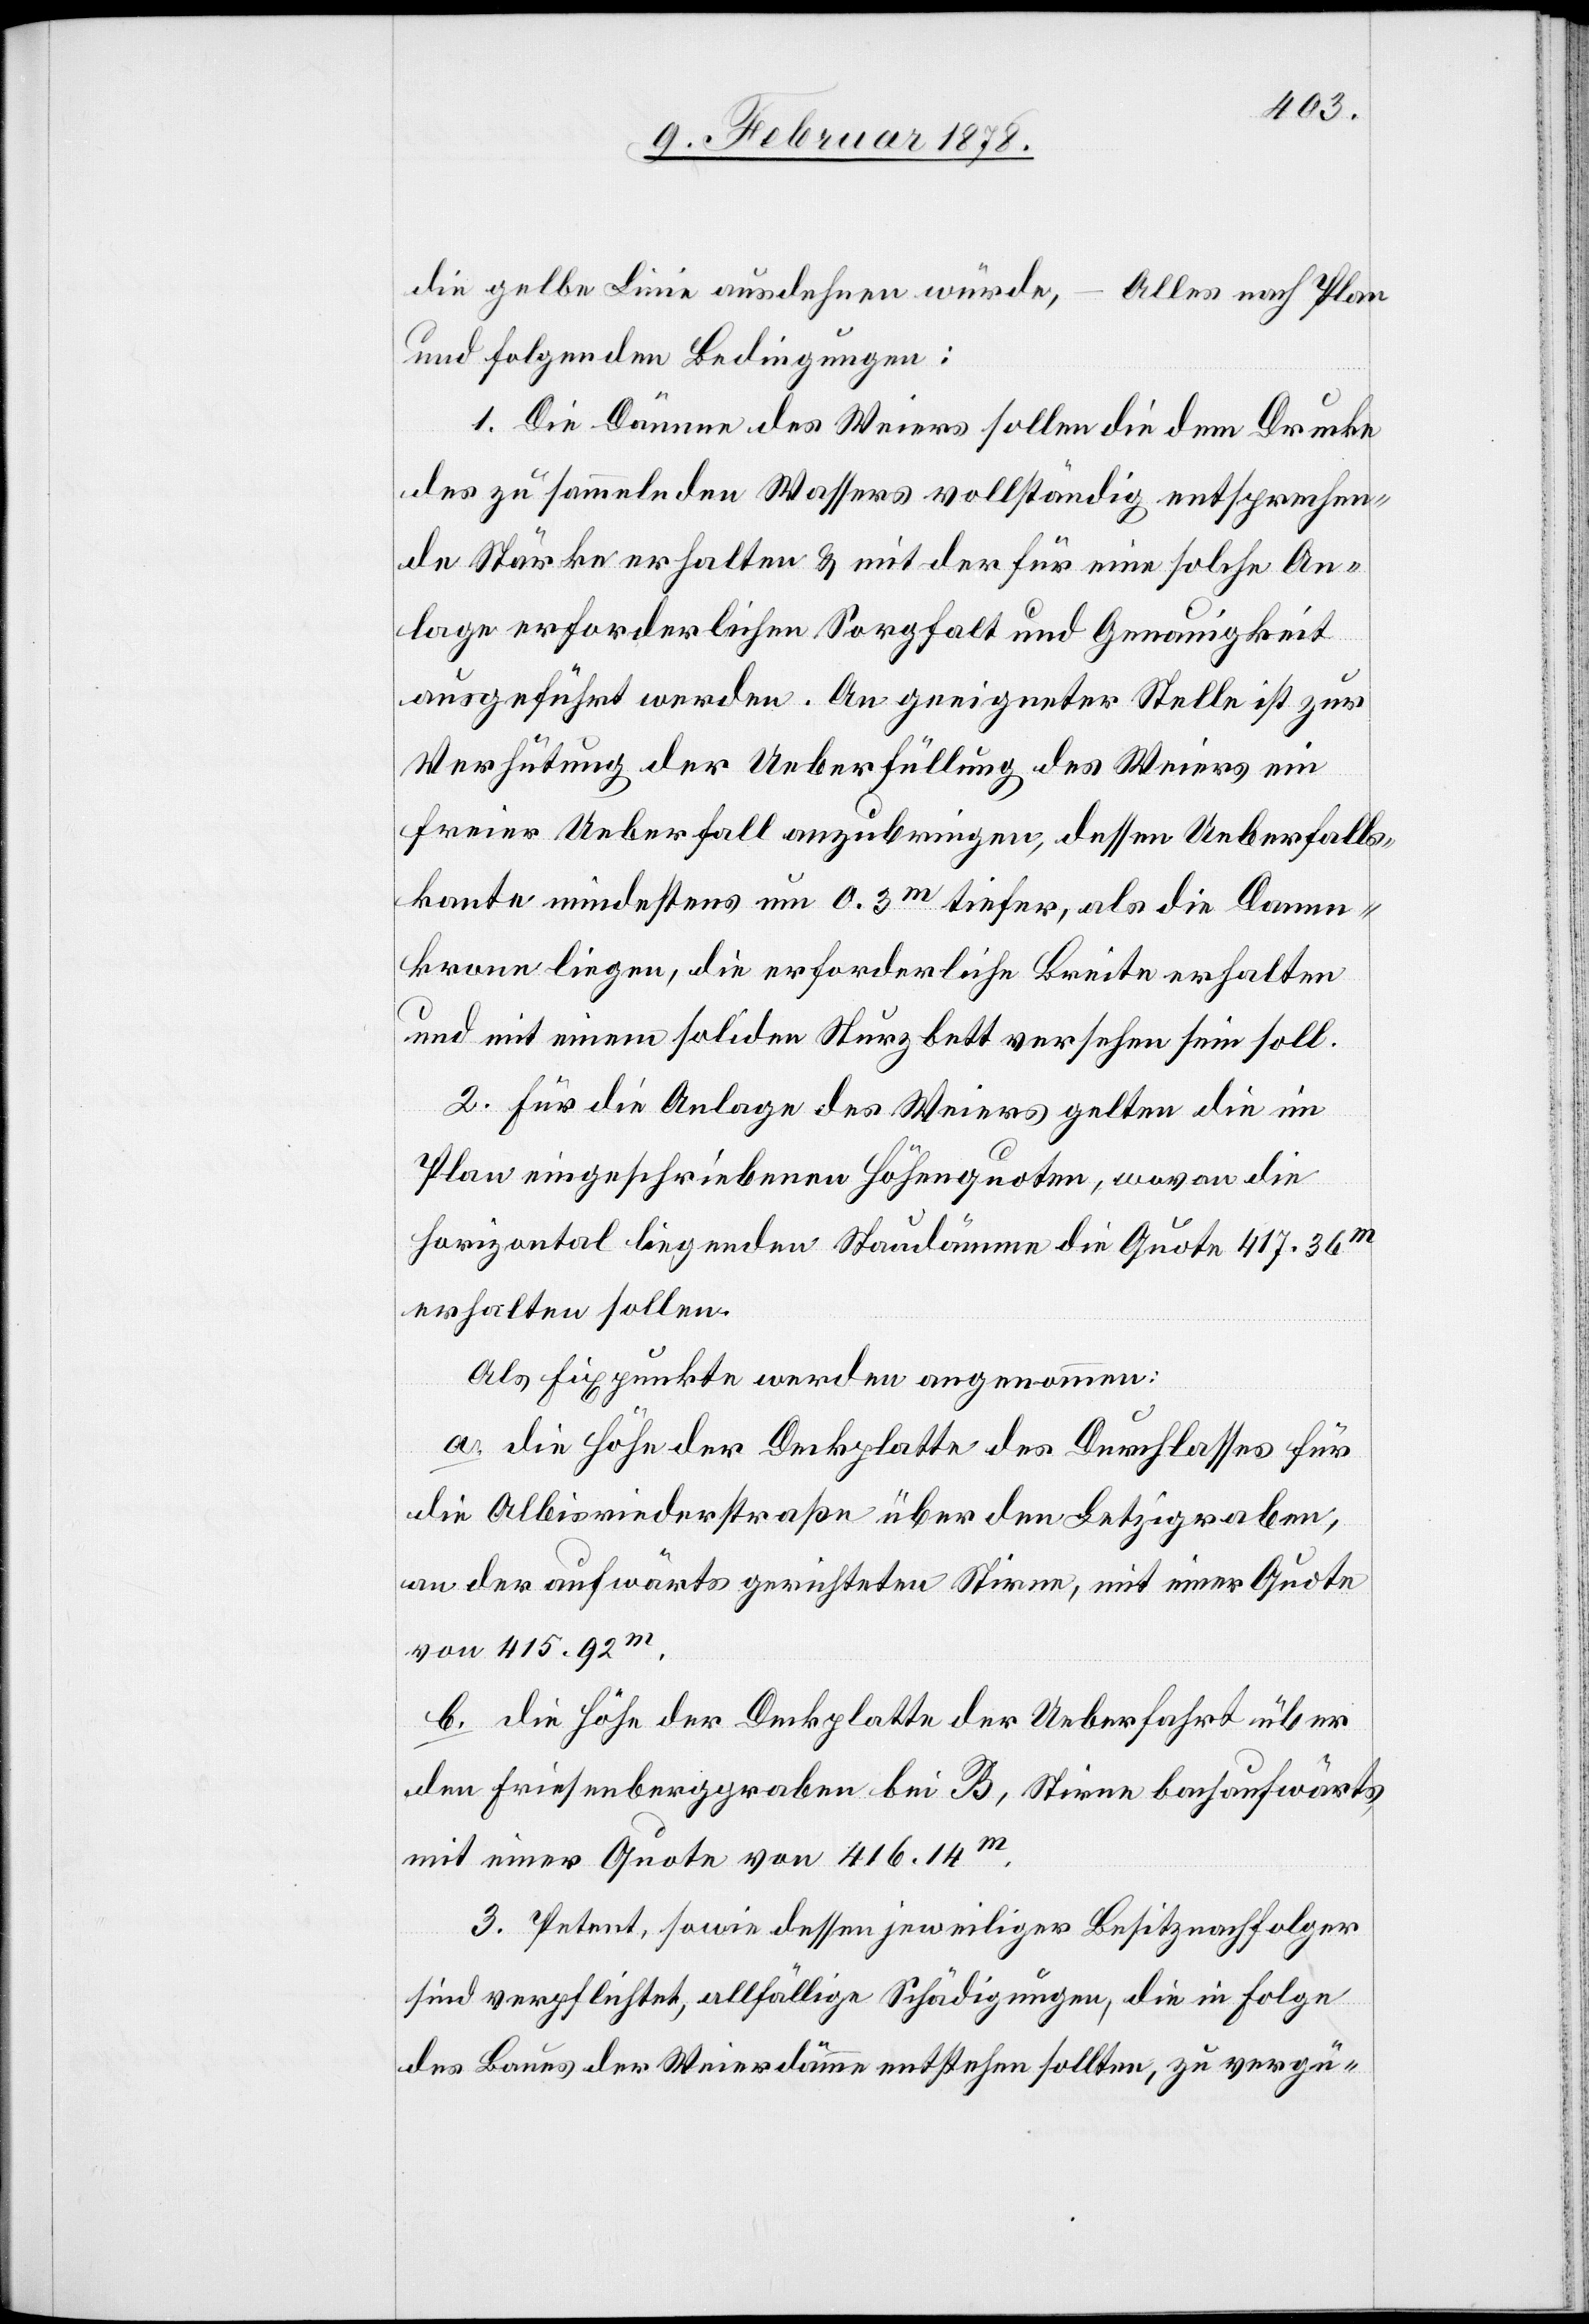
die gelbe Linie ausdehnen würde, – Alles nach Plan
und folgenden Bedingungen:
1. Die Dämme des Weiers sollen die dem Drucke
des zu sammelnden Wassers vollständig entsprechen¬
de Stärke erhalten & mit der für eine solche An¬
lage erforderlichen Sorgfalt und Genauigkeit
ausgeführt werden. An geeigneter Stelle ist zur
Verhütung der Ueberfüllung des Weiers ein
freier Ueberfall anzubringen, dessen Ueberfalls¬
kante mindestens um 0.3m tiefer, als die Damm¬
krone liegen, die erforderliche Breite erhalten
und mit einem soliden Sturzbett versehen sein soll.
2. Für die Anlage des Weiers gelten die im
Plan eingeschriebenen Höhenquoten, wovon die
horizontal liegenden Staudämme die Quote 417.36m
erhalten sollen.
Als Fixpunkte werden angenommen:
a. die Höhe der Deckplatte des Durchlasses für
die Albisriederstraße über den Letzigraben,
an der aufwärts gerichteten Stirne, mit einer Quote
von 415.92m.
b. die Höhe der Deckplatte der Ueberfahrt über
den Friesenberggraben bei B, Stirne bachaufwärts
mit einer Quote von 416.14m.
3. Petent, sowie dessen jeweiliger Besitznachfolger
sind verpflichtet, allfällige Schädigungen, die in Folge
des Baues der Weierdämme entstehen sollten, zu vergü-